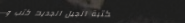
مكتبة الجيل الجديد: كتب و